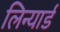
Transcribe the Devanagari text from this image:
लिन्यार्ड